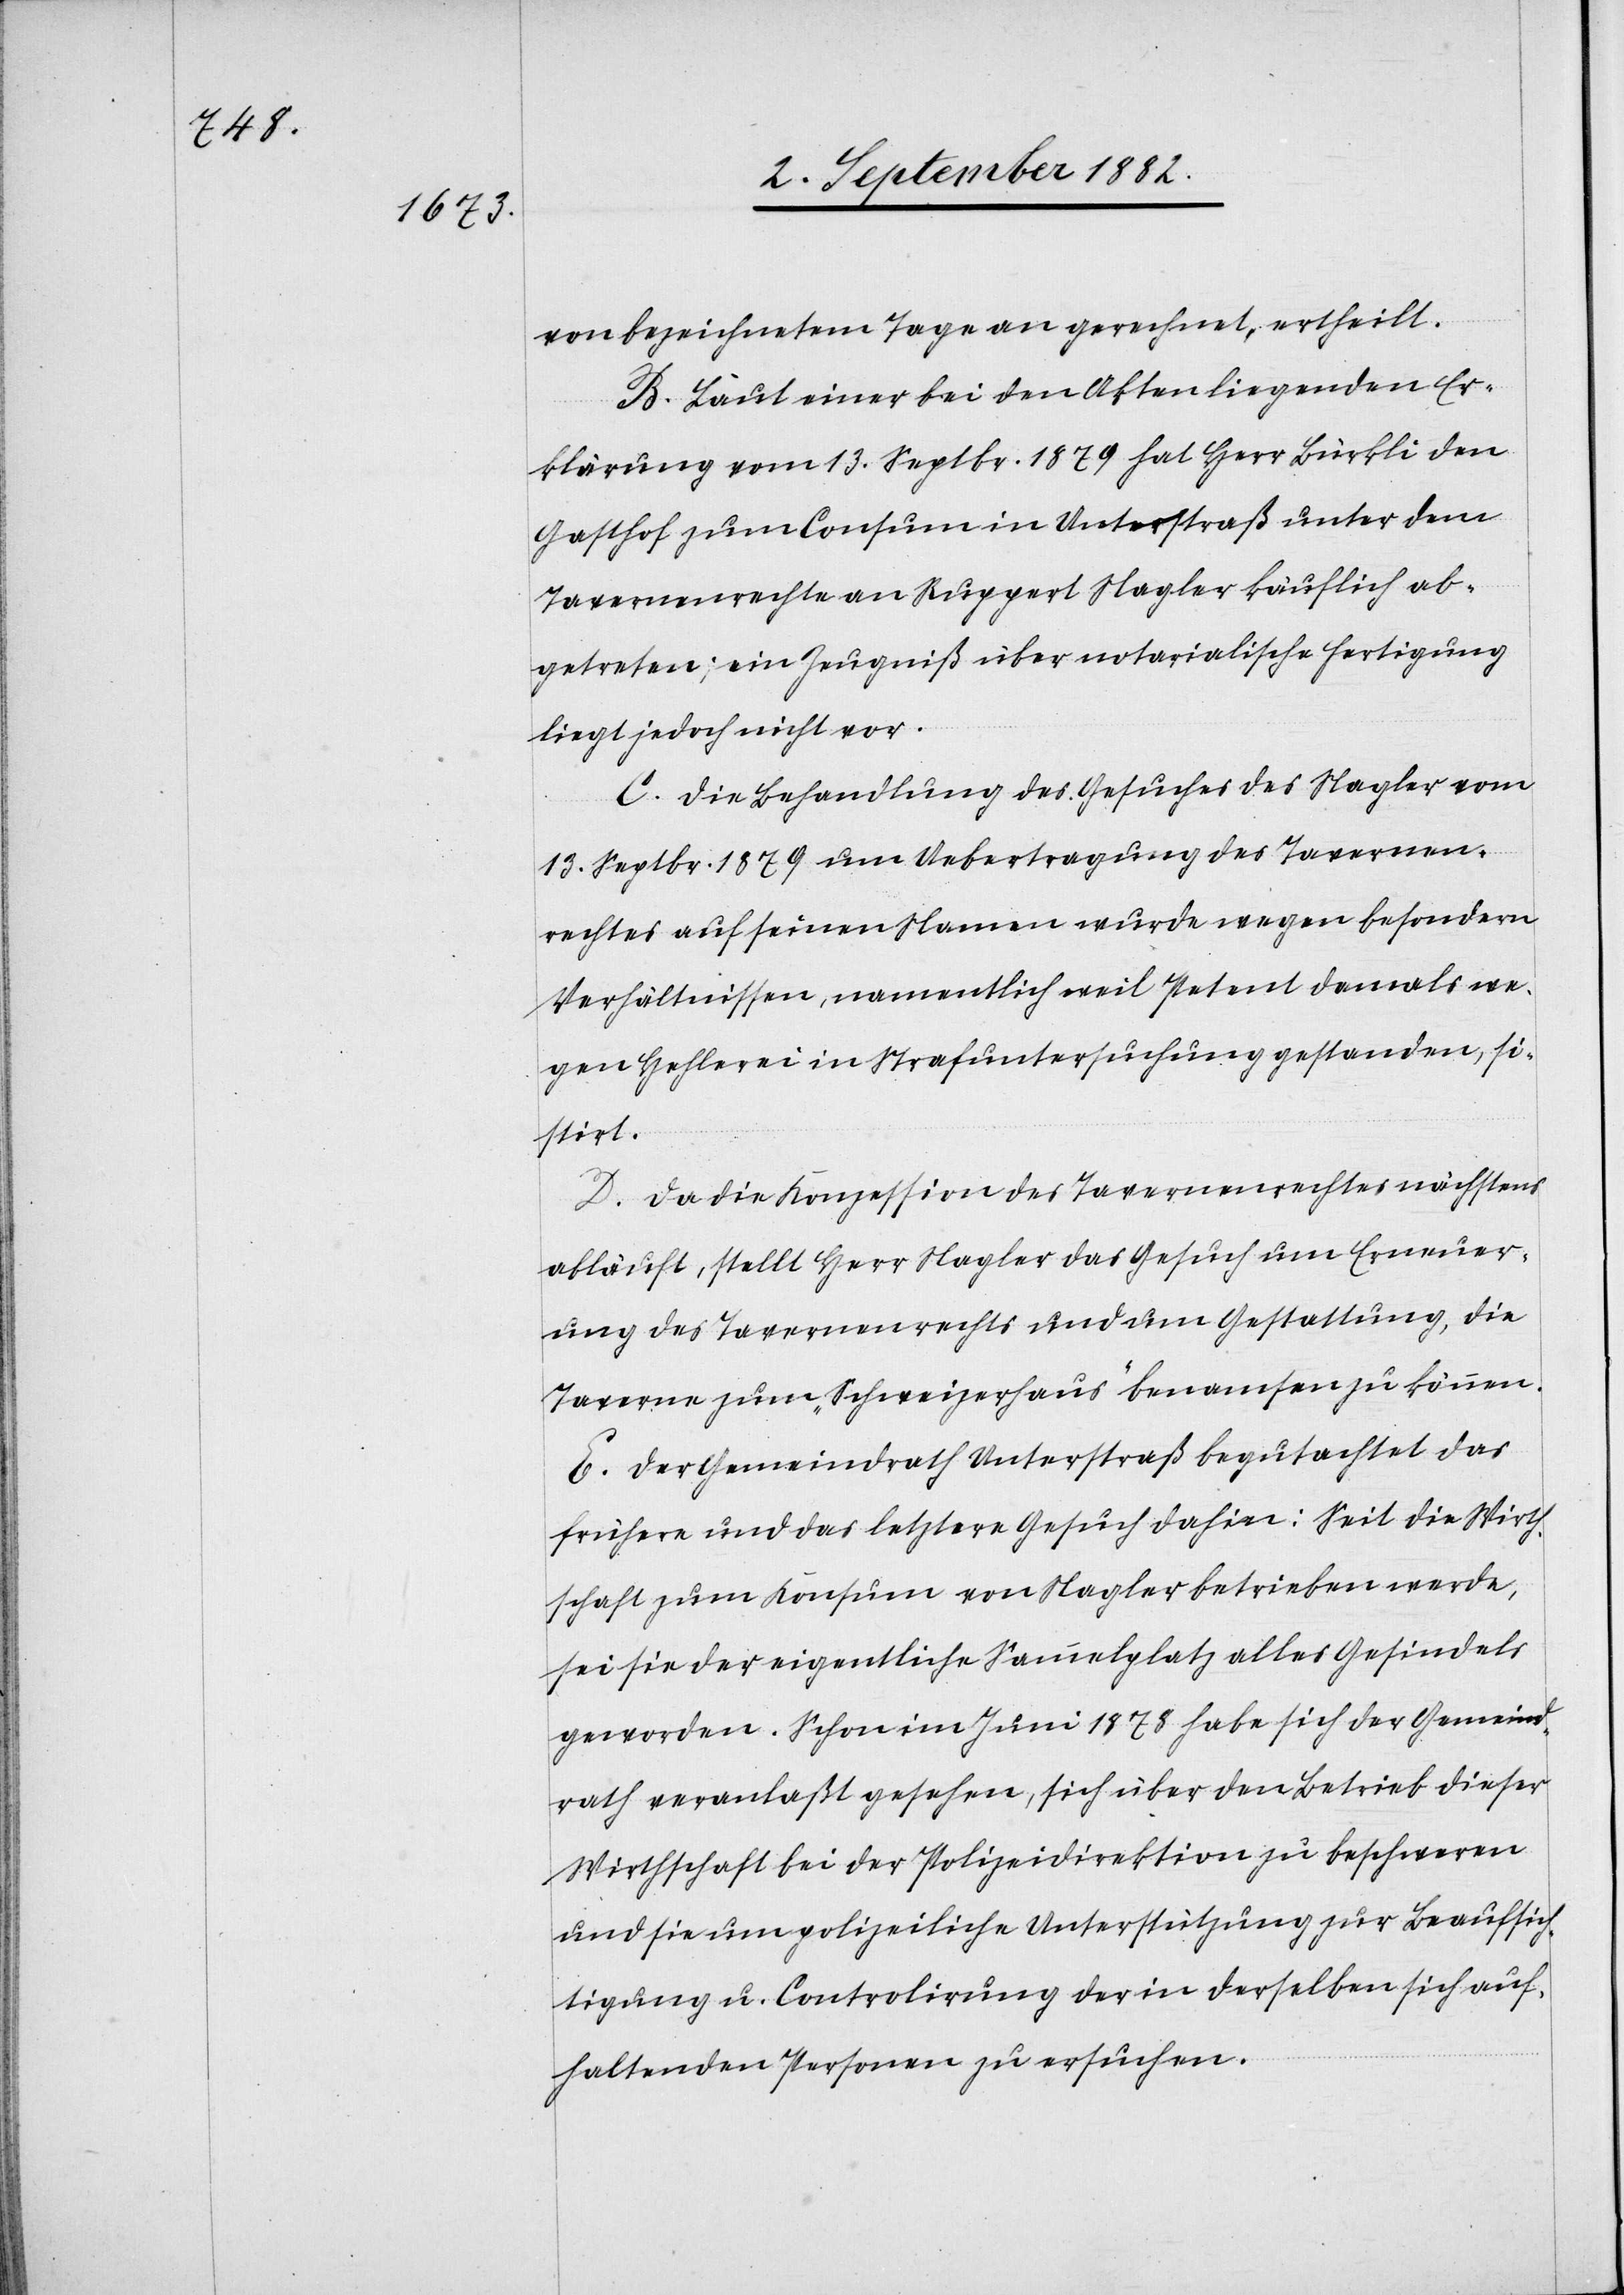
von bezeichnetem Tage an gerechnet, ertheilt.
B. Laut einer bei den Akten liegenden Er¬
klärung vom 13. Septbr. 1879 hat Herr Bürkli den
Gasthof zum Consum in Unterstraß unter dem
Tavernenrechte an Ruppert Nagler käuflich ab¬
getreten; ein Zeugniß über notarialische Fertigung
liegt jedoch nicht vor.
C. Die Behandlung des Gesuches des Nagler vom
13. Septbr. 1879 um Uebertragung des Tavernen¬
rechtes auf seinen Namen wurde wegen besondern
Verhältnissen, namentlich weil Petent damals we¬
gen Hehlerei in Strafuntersuchung gestanden, si¬
stirt.
D. Da die Konzession des Tavernenrechtes nächstens
abläuft, stellt Herr Nagler das Gesuch um Erneuer¬
ung des Tavernenrechtes und um Gestattung, die
Taverne zum „Schweizerhaus“ benamsen zu können.
E. Der Gemeindrath Unterstraß begutachtet das
frühere und das letztere Gesuch dahin: Seit die Wirth¬
schaft zum Konsum von Nagler betrieben werde,
sei sie der eigentliche Sammelplatz alles Gesindels
geworden. Schon im Juni 1878 habe sich der Gemeind¬
rath veranlaßt gesehen, sich über den Betrieb dieser
Wirthschaft bei der Polizeidirektion zu beschweren
und sie um polizeiliche Unterstützung zur Beaufsich¬
tigung u. Controlirung der in derselben sich auf¬
haltenden Personen zu ersuchen.